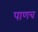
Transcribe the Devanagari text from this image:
पाणच